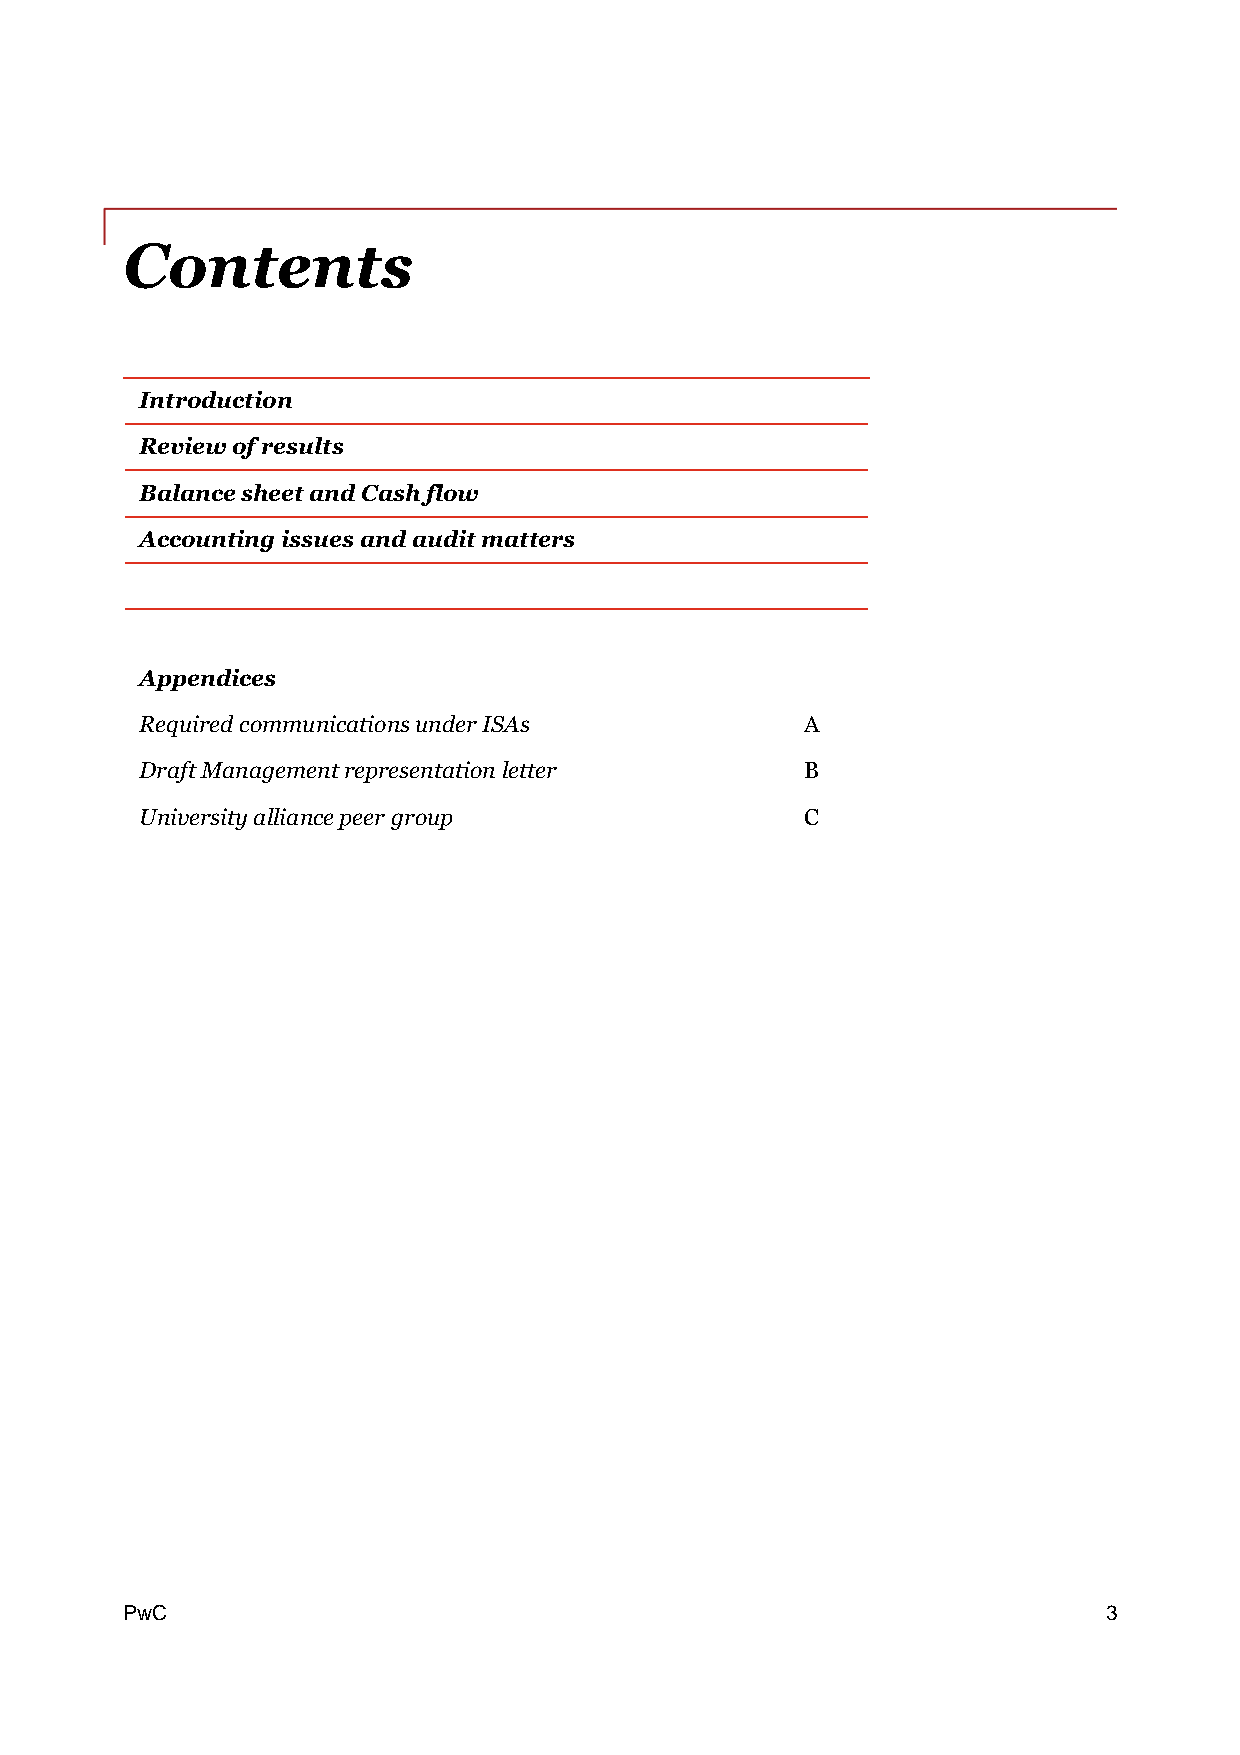
Contents
 Introduction
 Reviewofresults
 BalancesheetandCashflow
 Accountingissuesandauditmatters
 Appendices
 RequiredcommunicationsunderISAs             A
 DraftManagementrepresentationletter         B
 Universityalliancepeergroup                 C
 PPwwCC                                                           3